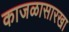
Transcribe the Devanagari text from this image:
काजळासारखा